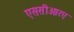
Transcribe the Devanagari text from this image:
एससीआरए